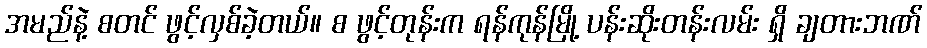
အမည်နဲ့ စတင် ဖွင့်လှစ်ခဲ့တယ်။ စ ဖွင့်တုန်းက ရန်ကုန်မြို့ ပန်းဆိုးတန်းလမ်း ရှိ ချတားဘဏ်